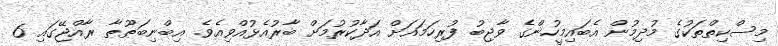
މިސްކިތްތަކުގެ މުދިމުން އެބައިމީހުންގެ ވާޖިބު ފުރިހަމައަށް އަދާކުރުމަށް ބާރުއެޅުއްވިއެވެ. އިބްނިބަޠޫޠާ ރާއްޖޭގައި 6